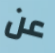
عن